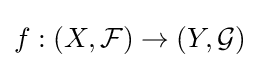
f:(X,{\mathcal {F}})\to (Y,{\mathcal {G}})